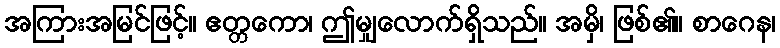
အကြားအမြင်ဖြင့်။ ဧတ္တကော၊ ဤမျှလောက်ရှိသည်။ အမှိ၊ ဖြစ်၏။ စာဂေန၊